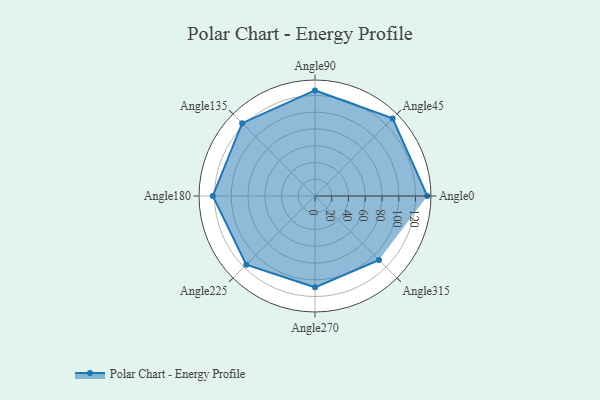
{"axis": {"x": "Angle", "y": "Radius"}, "legend": [""], "data": [{"x": "Angle0", "y": 134.0, "type": ""}, {"x": "Angle45", "y": 131.0, "type": ""}, {"x": "Angle90", "y": 126.0, "type": ""}, {"x": "Angle135", "y": 123.0, "type": ""}, {"x": "Angle180", "y": 122.0, "type": ""}, {"x": "Angle225", "y": 116.0, "type": ""}, {"x": "Angle270", "y": 109.0, "type": ""}, {"x": "Angle315", "y": 108.0, "type": ""}]}